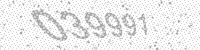
Solution: 039991